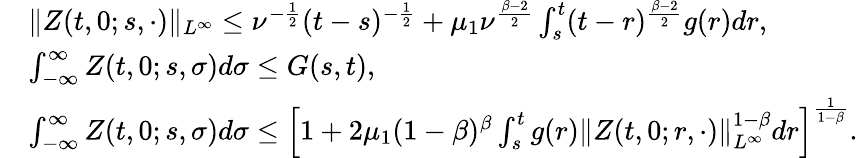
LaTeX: \begin{array}{rl}&{\| Z(t,0;s,\cdot)\| _{L^{\infty}}\leq\nu^{-\frac{1}{2}}(t-s)^{-\frac{1}{2}}+\mu_{1}\nu^{\frac{\beta-2}{2}}\int_{s}^{t}(t-r)^{\frac{\beta-2}{2}}g(r)dr,}\\ &{\int_{-\infty}^{\infty}Z(t,0;s,\sigma)d\sigma\leq G(s,t),}\\ &{\int_{-\infty}^{\infty}Z(t,0;s,\sigma)d\sigma\leq\left[1+2\mu_{1}(1-\beta)^{\beta}\int_{s}^{t}g(r)\| Z(t,0;r,\cdot)\| _{L^{\infty}}^{1-\beta}dr\right]^{\frac{1}{1-\beta}}.}\end{array}